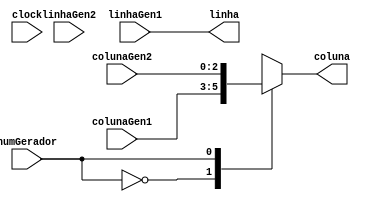
module seletorGerador(
  input        clock,
  input        numGerador,
  input [2:0]  linhaGen1,
  input [2:0]  colunaGen1,
  input [2:0]  linhaGen2,
  input [2:0]  colunaGen2,
  output reg [2:0] coluna,
  output reg [2:0] linha
);
  always @* begin
    case(numGerador)
      1'b0: begin
        linha <= linhaGen1;
        coluna <= colunaGen1;
      end
      1'b1: begin
        linha <= linhaGen1; 
        coluna <= colunaGen2;
      end
      default: begin
        linha <= 3'b000;
        coluna <= 3'b000;
      end
    endcase
  end
endmodule